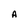
Character: A